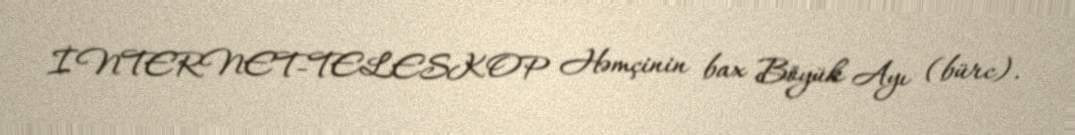
İNTERNET-TELESKOP Həmçinin bax Böyük Ayı (bürc).